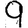
Digit: 9